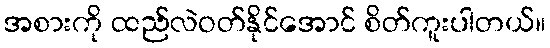
အစားကို ထည်လဲဝတ်နိုင်အောင် စိတ်ကူးပါတယ်။